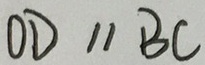
O D / / B C